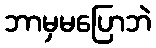
ဘာမှမပြောဘဲ